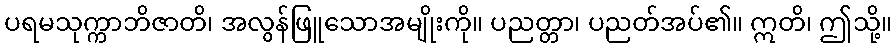
ပရမသုက္ကာဘိဇာတိ၊ အလွန်ဖြူသောအမျိုးကို။ ပညတ္တာ၊ ပညတ်အပ်၏။ ဣတိ၊ ဤသို့။